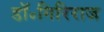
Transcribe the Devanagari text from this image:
डॉ॰गिरिराज